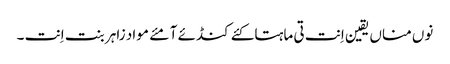
نوں مناں یقین اِنت تی ماہتاکئے کنڈئے آ مئے مواد زاہر بنت اِنت ۔